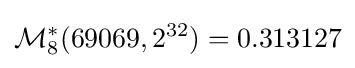
{\mathcal {M}}_{8}^{*}(69069,2^{32})=0.313127